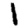
Digit: 1